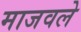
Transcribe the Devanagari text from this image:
माजवले